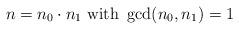
LaTeX: \begin{align*}n=n_0\cdot n_1 \ {\rm with} \ \gcd(n_0,n_1)=1\end{align*}